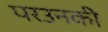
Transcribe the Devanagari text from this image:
परउनकी